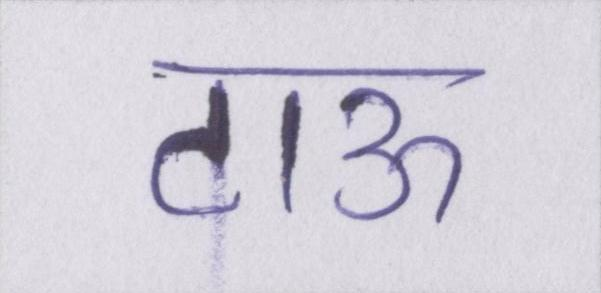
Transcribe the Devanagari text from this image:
टाऊ